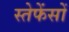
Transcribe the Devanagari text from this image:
स्तेफेंसों